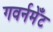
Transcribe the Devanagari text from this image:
गवर्नमेँट